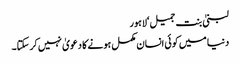
لبنیٰ بنت جمیل‘لاہور
دنیا میں کوئی انسان مکمل ہونے کا دعویٰ نہیں کرسکتا۔